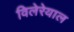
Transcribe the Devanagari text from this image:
विलेरेयाल